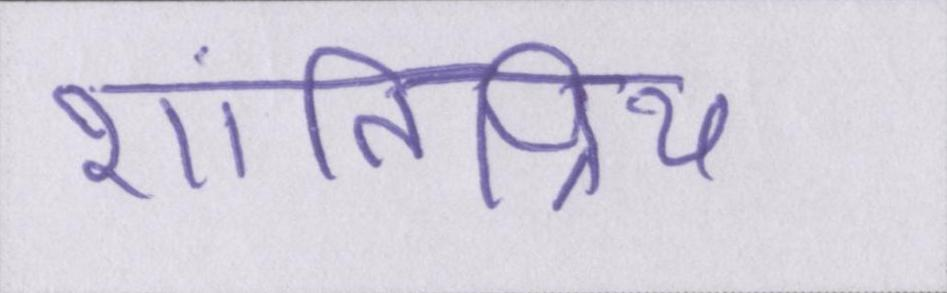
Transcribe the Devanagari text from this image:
शांतिप्रिय